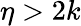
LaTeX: \eta>2k